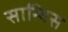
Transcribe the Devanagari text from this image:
सान्चिस